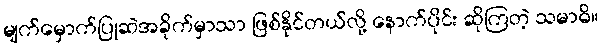
မျက်မှောက်ပြုဆဲအခိုက်မှာသာ ဖြစ်နိုင်တယ်လို့ နောက်ပိုင်း ဆိုကြတဲ့ သမာဓိ။